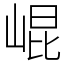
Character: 崐